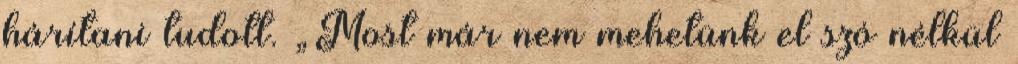
hárítani tudott. „Most már nem mehetünk el szó nélkül